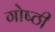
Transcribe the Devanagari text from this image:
गोष्‍ठी